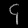
Digit: ၄